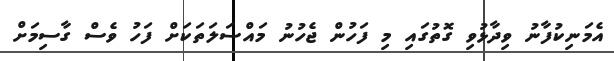
އެމަނިކުފާނު ވިދާޅުވި ގޮތުގައި މި ފަހުން ޖެހުނު މައްސަލަތަކަށް ފަހު ވެސް ގާސިމަށް